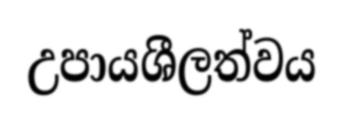
උපායශීලත්වය